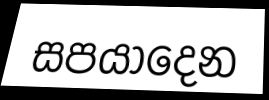
සපයාදෙන